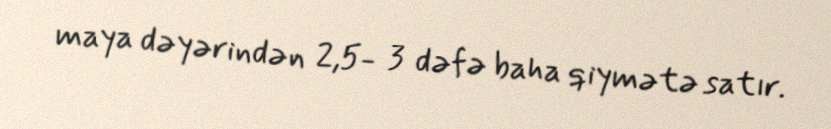
maya dəyərindən 2,5- 3 dəfə baha qiymətə satır.